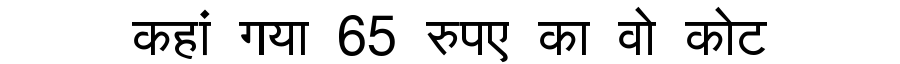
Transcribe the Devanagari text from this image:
कहां गया 65 रुपए का वो कोट